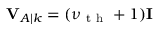
\mathbf { V } _ { A | k } = ( \nu _ { \mathrm { ~ t ~ h ~ } } + 1 ) \mathbf { I }